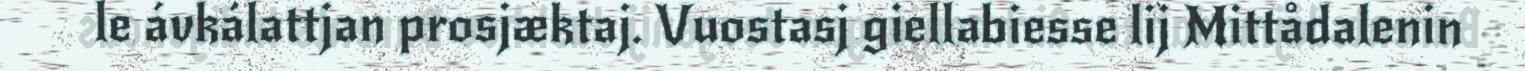
le ávkálattjan prosjæktaj. Vuostasj giellabiesse lij Mittådalenin